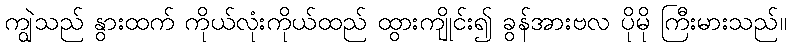
ကျွဲသည် နွားထက် ကိုယ်လုံးကိုယ်ထည် ထွားကျိုင်း၍ ခွန်အားဗလ ပိုမို ကြီးမားသည်။